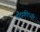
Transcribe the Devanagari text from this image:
पौघकीप्सी